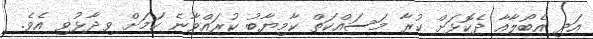
އަދި އެބޯލާއާ ދެކޮޅަށް ކުރާ މަސައްކަތް ކާމިޔާބު ކުރައްވާނެ ކަމަށް ވިދާޅުވި އެވެ.